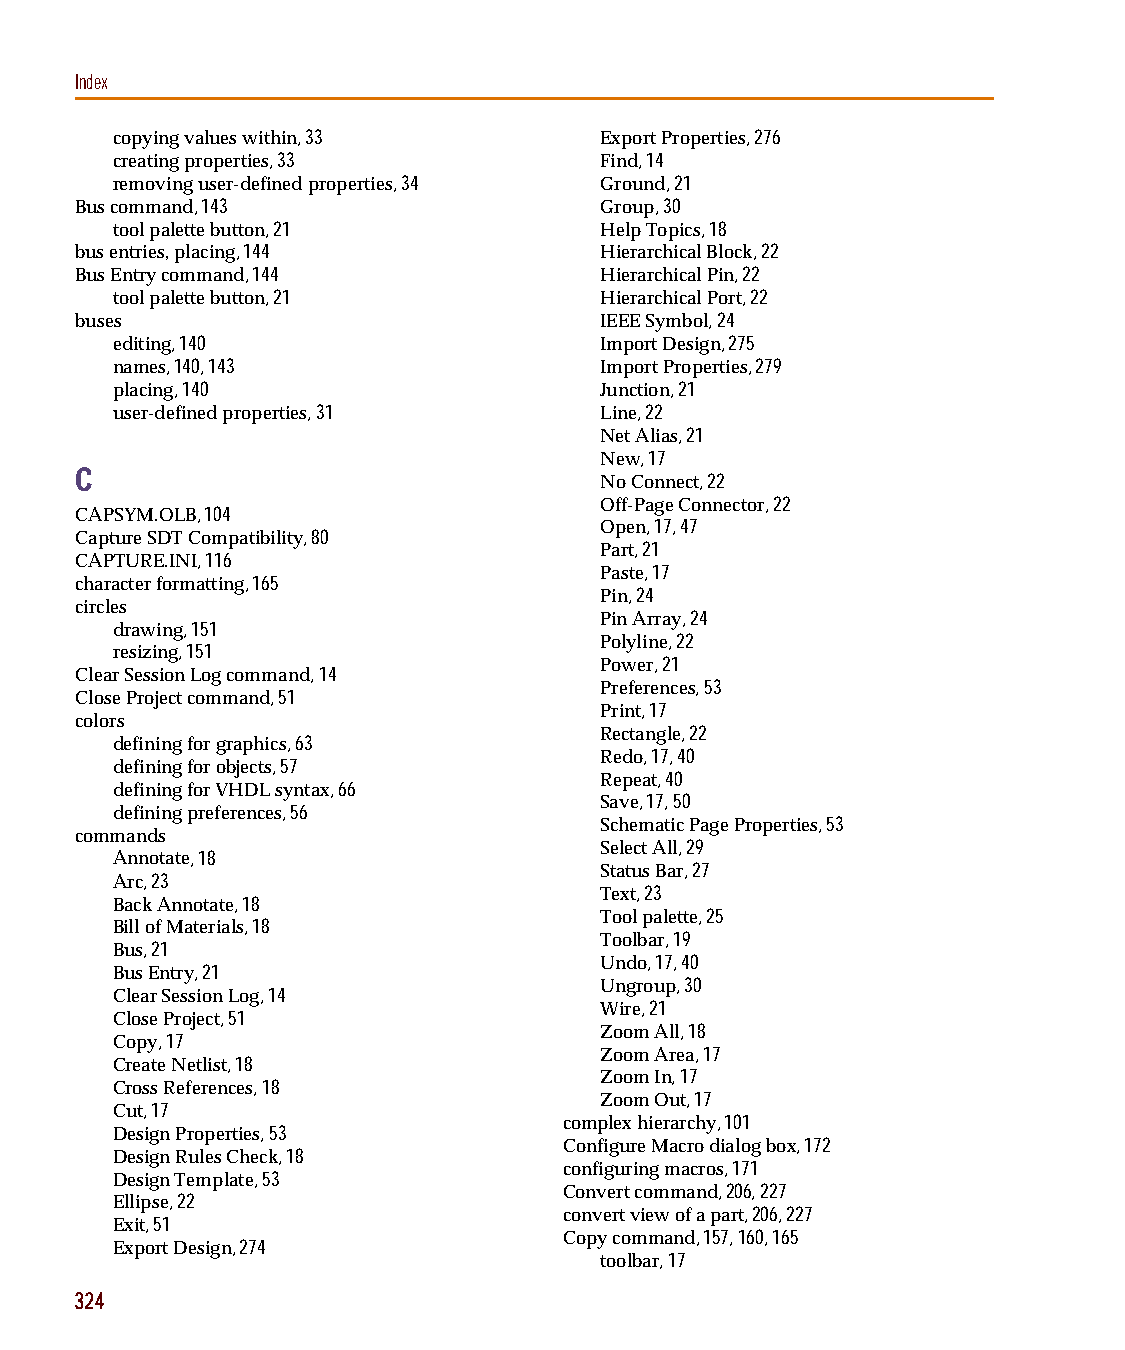
capug.book Page 324 Thursday, November 12, 1998 3:38 PM
 Index
 copying values within, 33        Export Properties, 276
 creating properties, 33          Find, 14
 removing user-defined properties, 34 Ground, 21
 Bus command, 143                   Group, 30
 tool palette button, 21          Help Topics, 18
 bus entries, placing, 144          Hierarchical Block, 22
 Bus Entry command, 144             Hierarchical Pin, 22
 tool palette button, 21          Hierarchical Port, 22
 buses                              IEEE Symbol, 24
 editing, 140                     Import Design, 275
 names, 140, 143                  Import Properties, 279
 placing, 140                     Junction, 21
 user-defined properties, 31      Line, 22
 Net Alias, 21
 New, 17
 C
 No Connect, 22
 Off-Page Connector, 22
 CAPSYM.OLB, 104
 Open, 17, 47
 Capture SDT Compatibility, 80
 Part, 21
 CAPTURE.INI, 116
 Paste, 17
 character formatting, 165
 Pin, 24
 circles
 Pin Array, 24
 drawing, 151
 Polyline, 22
 resizing, 151
 Power, 21
 Clear Session Log command, 14
 Preferences, 53
 Close Project command, 51
 Print, 17
 colors
 Rectangle, 22
 defining for graphics, 63
 Redo, 17, 40
 defining for objects, 57
 Repeat, 40
 defining for VHDL syntax, 66
 Save, 17, 50
 defining preferences, 56
 Schematic Page Properties, 53
 commands
 Select All, 29
 Annotate, 18
 Status Bar, 27
 Arc, 23
 Text, 23
 Back Annotate, 18
 Tool palette, 25
 Bill of Materials, 18
 Toolbar, 19
 Bus, 21
 Undo, 17, 40
 Bus Entry, 21
 Ungroup, 30
 Clear Session Log, 14
 Wire, 21
 Close Project, 51
 Zoom All, 18
 Copy, 17
 Zoom Area, 17
 Create Netlist, 18
 Zoom In, 17
 Cross References, 18
 Zoom Out, 17
 Cut, 17
 complex hierarchy, 101
 Design Properties, 53
 Configure Macro dialog box, 172
 Design Rules Check, 18
 configuring macros, 171
 Design Template, 53
 Convert command, 206, 227
 Ellipse, 22
 convert view of a part, 206, 227
 Exit, 51
 Copy command, 157, 160, 165
 Export Design, 274
 toolbar, 17
 324